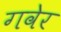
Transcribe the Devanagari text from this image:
गवेर